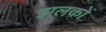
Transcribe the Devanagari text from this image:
झलकों